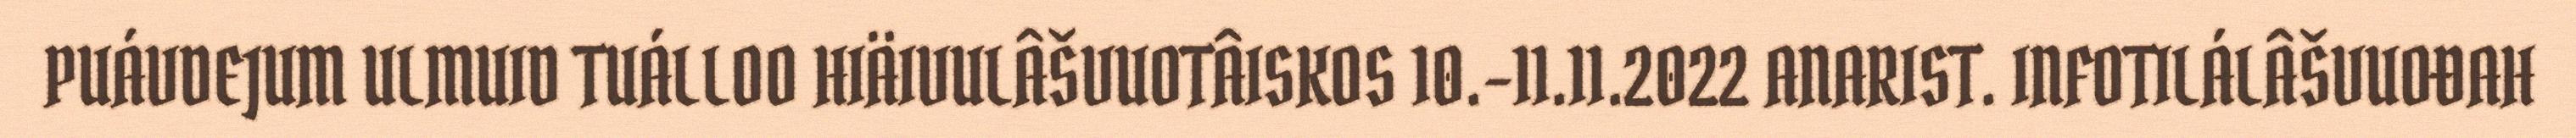
PUÁVDEJUM ULMUID TUÁLLOO HIÄIVULÂŠVUOTÂISKOS 10.–11.11.2022 ANARIST. INFOTILÁLÂŠVUOĐAH